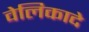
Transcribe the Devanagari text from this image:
वेलिकादे